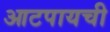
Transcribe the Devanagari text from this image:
आटपायची